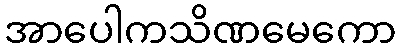
အာပေါကသိဏမေကော